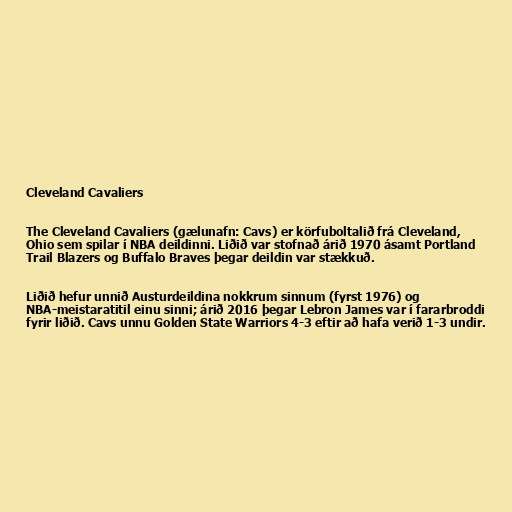
Cleveland Cavaliers

The Cleveland Cavaliers (gælunafn: Cavs) er körfuboltalið frá Cleveland,
Ohio sem spilar í NBA deildinni. Liðið var stofnað árið 1970 ásamt Portland
Trail Blazers og Buffalo Braves þegar deildin var stækkuð.

Liðið hefur unnið Austurdeildina nokkrum sinnum (fyrst 1976) og
NBA-meistaratitil einu sinni; árið 2016 þegar Lebron James var í fararbroddi
fyrir liðið. Cavs unnu Golden State Warriors 4-3 eftir að hafa verið 1-3 undir.